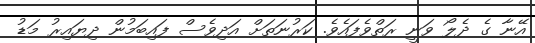
އޭނާ ގެ ދެލޯ ވަނީ ރަތްވެފައެވެ. ކަރުނަތަށް އަދިވެސް ފައިބަމުން ދިޔައިރު މަޑު